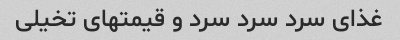
غذای سرد سرد سرد و قیمتهای تخیلی